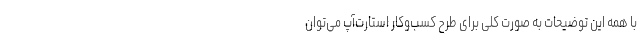
با همه این توضیحات به صورت کلی برای طرح کسب‌وکار استارت‌آپ می‌توان